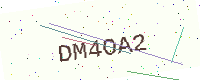
Text: DM4OA2